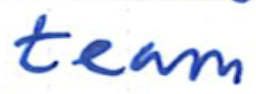
Text: team
Cross-out: clean
Writing tool: ballpoint